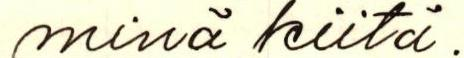
minä kiitä.